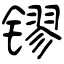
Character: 镠